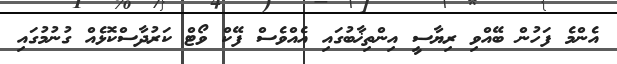
އެންމެ ފަހުން ބޭއްވި ރިޔާސީ އިންތިޚާބުގައި އެއްވެސް ފޭކް ވޯޓް ކަރުދާސްކޮޅެއް ގުނުމުގައި